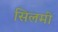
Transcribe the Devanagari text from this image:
सिलमी